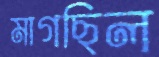
মাগছিল